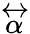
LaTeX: \overleftrightarrow{\alpha}